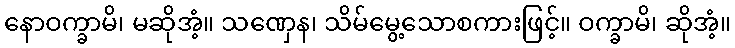
နောဝက္ခာမိ၊ မဆိုအံ့။ သဏှေန၊ သိမ်မွေ့သောစကားဖြင့်။ ဝက္ခာမိ၊ ဆိုအံ့။